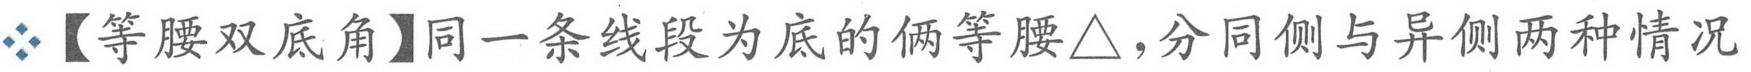
【等腰双底角】同一条线段为底的俩等腰\(\triangle\)，分同侧与异侧两种情况